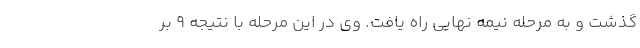
گذشت و به مرحله نیمه نهایی راه یافت. وی در این مرحله با نتیجه ۹ بر